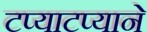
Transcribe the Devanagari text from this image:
टप्याटप्याने